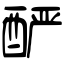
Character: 酽